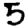
Digit: 5